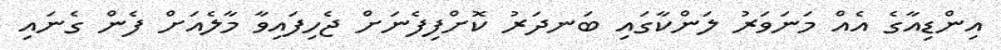
އިންޑިއާގެ އެއް މަނަވަރު ލަންކާގައި ބަނދަރު ކޮށްފިފެނަށް ޖެހިފައިވާ މާލެއަށް ފެން ގެނައި